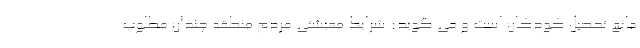
مانع تحصیل کودکان است و می گوید: شرایط معیشتی مردم منطقه چندان مطلوب